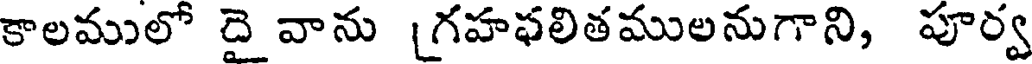
కాలములో దై వాను [గహఫలితములనుగాని, పూర్వ